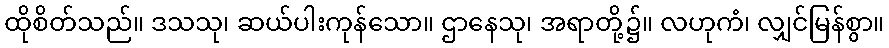
ထိုစိတ်သည်။ ဒသသု၊ ဆယ်ပါးကုန်သော။ ဌာနေသု၊ အရာတို့၌။ လဟုကံ၊ လျှင်မြန်စွာ။